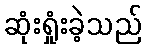
ဆုံးရှုံးခဲ့သည်